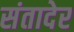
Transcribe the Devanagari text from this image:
संतादेर